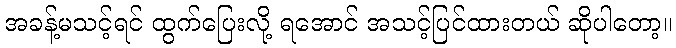
အခန့်မသင့်ရင် ထွက်ပြေးလို့ ရအောင် အသင့်ပြင်ထားတယ် ဆိုပါတော့။